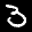
Label: 3